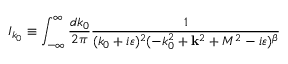
I _ { k _ { 0 } } \equiv \int _ { - \infty } ^ { \infty } \frac { d k _ { 0 } } { 2 \pi } \frac { 1 } { ( k _ { 0 } + i \varepsilon ) ^ { 2 } ( - k _ { 0 } ^ { 2 } + { \bf k } ^ { 2 } + M ^ { 2 } - i \varepsilon ) ^ { \beta } }